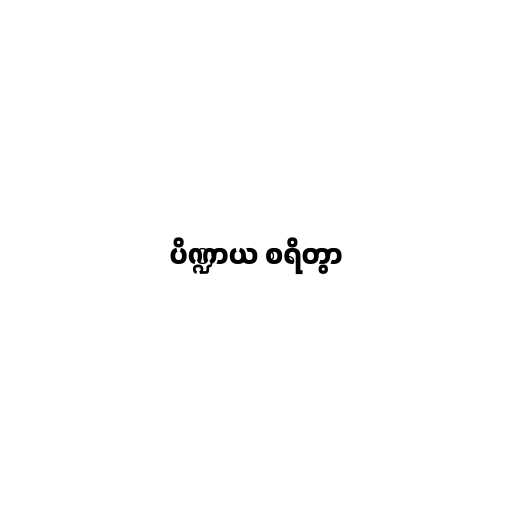
ပိဏ္ဍာယ စရိတွာ